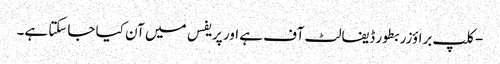
- کلپ براؤزر بطور ڈیفالٹ آف ہے اور پریفس میں آن کیا جاسکتا ہے۔